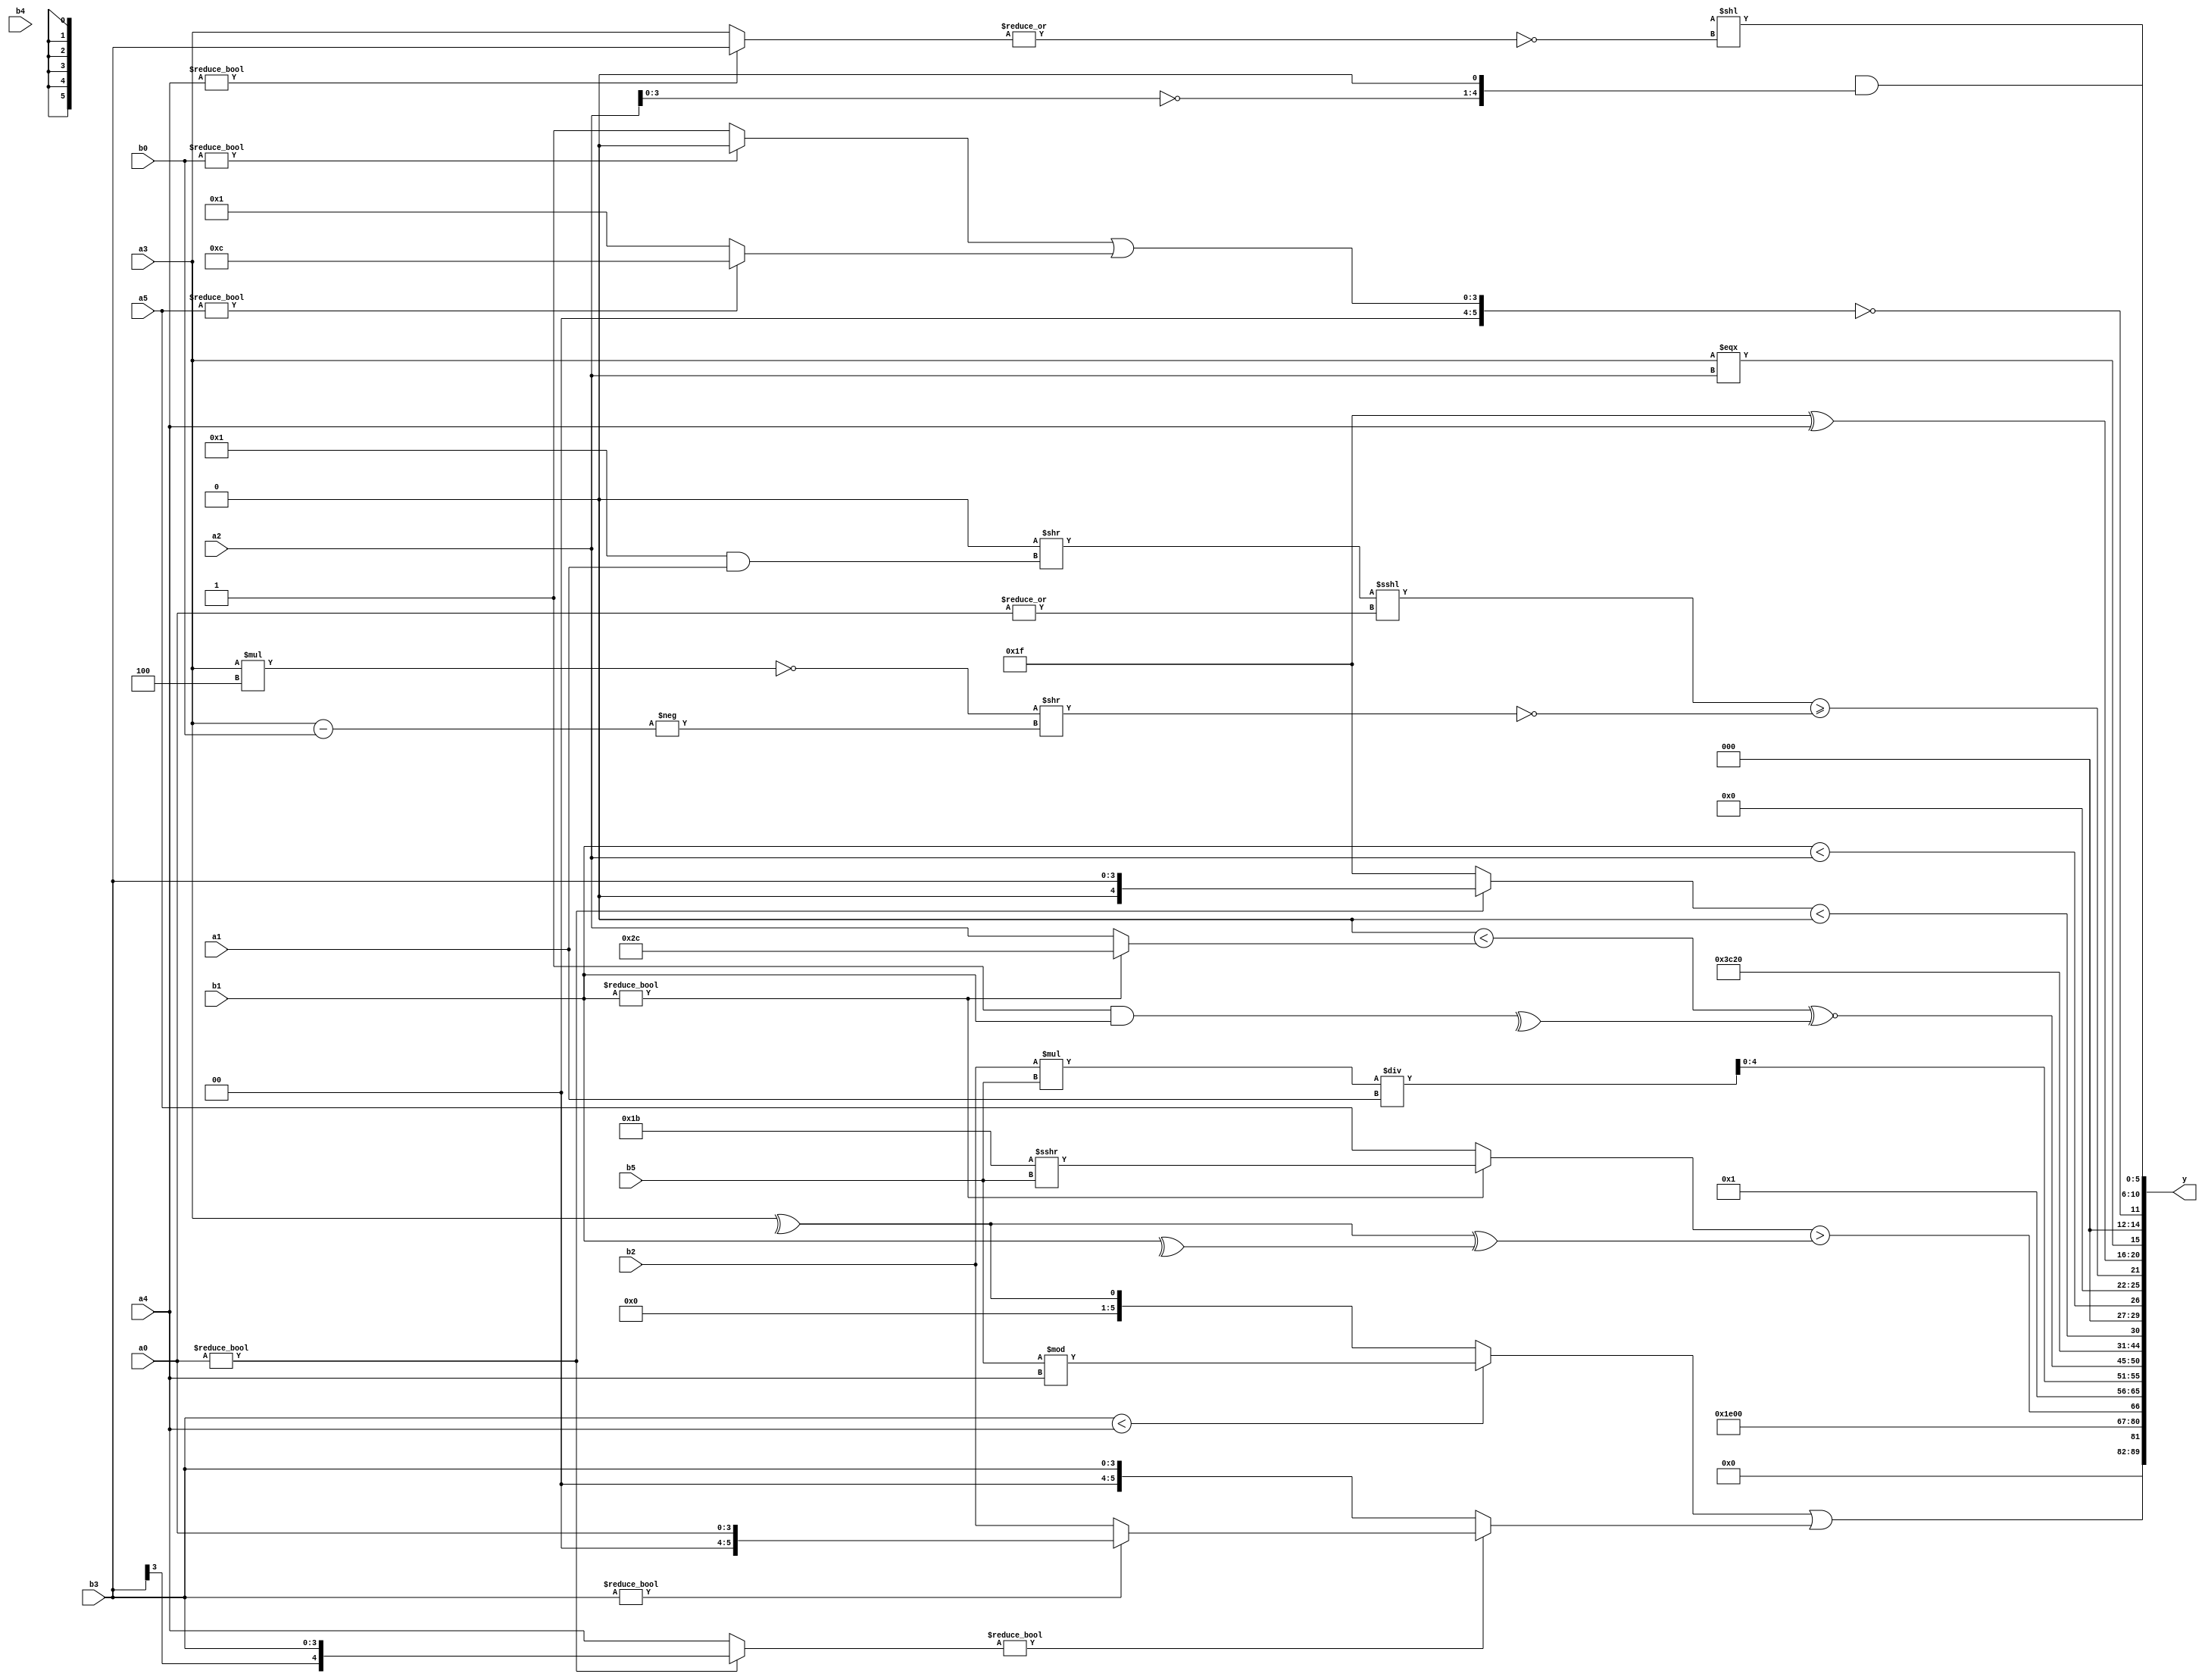
module expression_00343(a0, a1, a2, a3, a4, a5, b0, b1, b2, b3, b4, b5, y);
  input [3:0] a0;
  input [4:0] a1;
  input [5:0] a2;
  input signed [3:0] a3;
  input signed [4:0] a4;
  input signed [5:0] a5;

  input [3:0] b0;
  input [4:0] b1;
  input [5:0] b2;
  input signed [3:0] b3;
  input signed [4:0] b4;
  input signed [5:0] b5;

  wire [3:0] y0;
  wire [4:0] y1;
  wire [5:0] y2;
  wire signed [3:0] y3;
  wire signed [4:0] y4;
  wire signed [5:0] y5;
  wire [3:0] y6;
  wire [4:0] y7;
  wire [5:0] y8;
  wire signed [3:0] y9;
  wire signed [4:0] y10;
  wire signed [5:0] y11;
  wire [3:0] y12;
  wire [4:0] y13;
  wire [5:0] y14;
  wire signed [3:0] y15;
  wire signed [4:0] y16;
  wire signed [5:0] y17;

  output [89:0] y;
  assign y = {y0,y1,y2,y3,y4,y5,y6,y7,y8,y9,y10,y11,y12,y13,y14,y15,y16,y17};

  localparam [3:0] p0 = (-{3{((5'd20)>>>(2'sd0))}});
  localparam [4:0] p1 = ({2{(3'd3)}}>>>{4{(2'd0)}});
  localparam [5:0] p2 = ((-{3{{4{(5'd10)}}}})<<(((2'sd1)<<(-3'sd0))>>(^(~&(2'd3)))));
  localparam signed [3:0] p3 = (((-5'sd7)-((4'd10)>>(4'sd7)))>(~|(-5'sd1)));
  localparam signed [4:0] p4 = (5'd6);
  localparam signed [5:0] p5 = (-(^(~((2'sd1)?(2'd1):(3'd2)))));
  localparam [3:0] p6 = (((-2'sd0)>>>(3'd7))?(2'd0):(&(~&(2'd2))));
  localparam [4:0] p7 = {2{{4{(-2'sd1)}}}};
  localparam [5:0] p8 = ((((3'd6)&(3'd3))?(2'sd1):((2'd1)&&(5'sd15)))<(((2'd2)?(4'd11):(5'd31))&&((-2'sd1)!=(-3'sd2))));
  localparam signed [3:0] p9 = (~&{{{(2'd0),(-5'sd1),(4'd6)},{(3'd6),(2'd3),(4'sd4)},{(-4'sd1),(4'd6)}},({(5'd11),(3'd7),(2'd0)}!==((-4'sd0)^(2'd1))),{((-3'sd1)&&(2'd3)),{(3'd3),(3'd7)}}});
  localparam signed [4:0] p10 = ({{3{(2'd3)}},{(5'sd11),(-5'sd13)},(6'd2 * (2'd2))}&(~&{((4'sd1)<<<(5'd31)),((5'd24)&&(2'd1)),{3{(2'd0)}}}));
  localparam signed [5:0] p11 = (+(((-4'sd6)?(-5'sd7):(5'd9))^~(((2'sd0)!=(-3'sd1))^~{(3'd6)})));
  localparam [3:0] p12 = ((&{1{((4'sd6)+(-5'sd13))}})===(((2'd3)|(3'd2))!=(|(4'd9))));
  localparam [4:0] p13 = (3'd7);
  localparam [5:0] p14 = ((-3'sd0)?(-3'sd0):(5'sd8));
  localparam signed [3:0] p15 = (6'd2 * ((4'd4)^(4'd2)));
  localparam signed [4:0] p16 = (~&(6'd2 * (3'd2)));
  localparam signed [5:0] p17 = (((2'sd1)<<(-5'sd5))<=(-((-5'sd1)^(-2'sd0))));

  assign y0 = ((-$unsigned((~|$unsigned(a1))))>>>(~{1{(+(4'd2 * p2))}}));
  assign y1 = $unsigned(((((b3<a4)?(b5%a4):(^a3)))||((a0?b3:a4)?(b3?a0:b2):$unsigned(b3))));
  assign y2 = ((p15+p16)+{b3,p17,p6});
  assign y3 = ({$signed(p11),(6'd2 * p14)}&((p12&p13)+$unsigned(p0)));
  assign y4 = (|(((($unsigned(b1)?(p1>>>b5):$unsigned(a5))>((^a3)^(^b1))))));
  assign y5 = ($unsigned($unsigned($signed($unsigned(p5))))<<<((a3<b5)<<(2'd3)));
  assign y6 = (2'd1);
  assign y7 = $unsigned((((b2*b5))/a1));
  assign y8 = (((+p5)<(b1?p2:a2))^~(|(^(p3&b1))));
  assign y9 = {4{(!(-2'sd0))}};
  assign y10 = ((p13&p3)&(2'd3));
  assign y11 = ((a0?b3:p7)<(p8+p5));
  assign y12 = (b1<a2);
  assign y13 = ((((|p8)>>(p16&&a1))<<<$unsigned(((|a0))))>=(!((!(a3*p15))>>(-(a3-b0)))));
  assign y14 = {{p8,p5,p5},(p7^a4),(a3===a2)};
  assign y15 = (!((5'sd13)?((b0?p8:p6)|(a5?p15:p17)):((p4<p4)<(2'd0))));
  assign y16 = ((&((&(b3^~b2))>>>(&(a1%p5))))&((~(p8?a1:a2))<<<((~&p16)?(!p5):(|a0))));
  assign y17 = (((+(p12%p5))+(b5!==b5))<<(~|(|(a4?b3:a3))));
endmodule